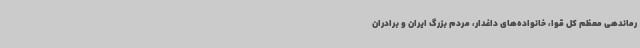
رماندهی معظم کل قوا، خانواده‌های داغدار، مردم بزرگ ایران و برادران